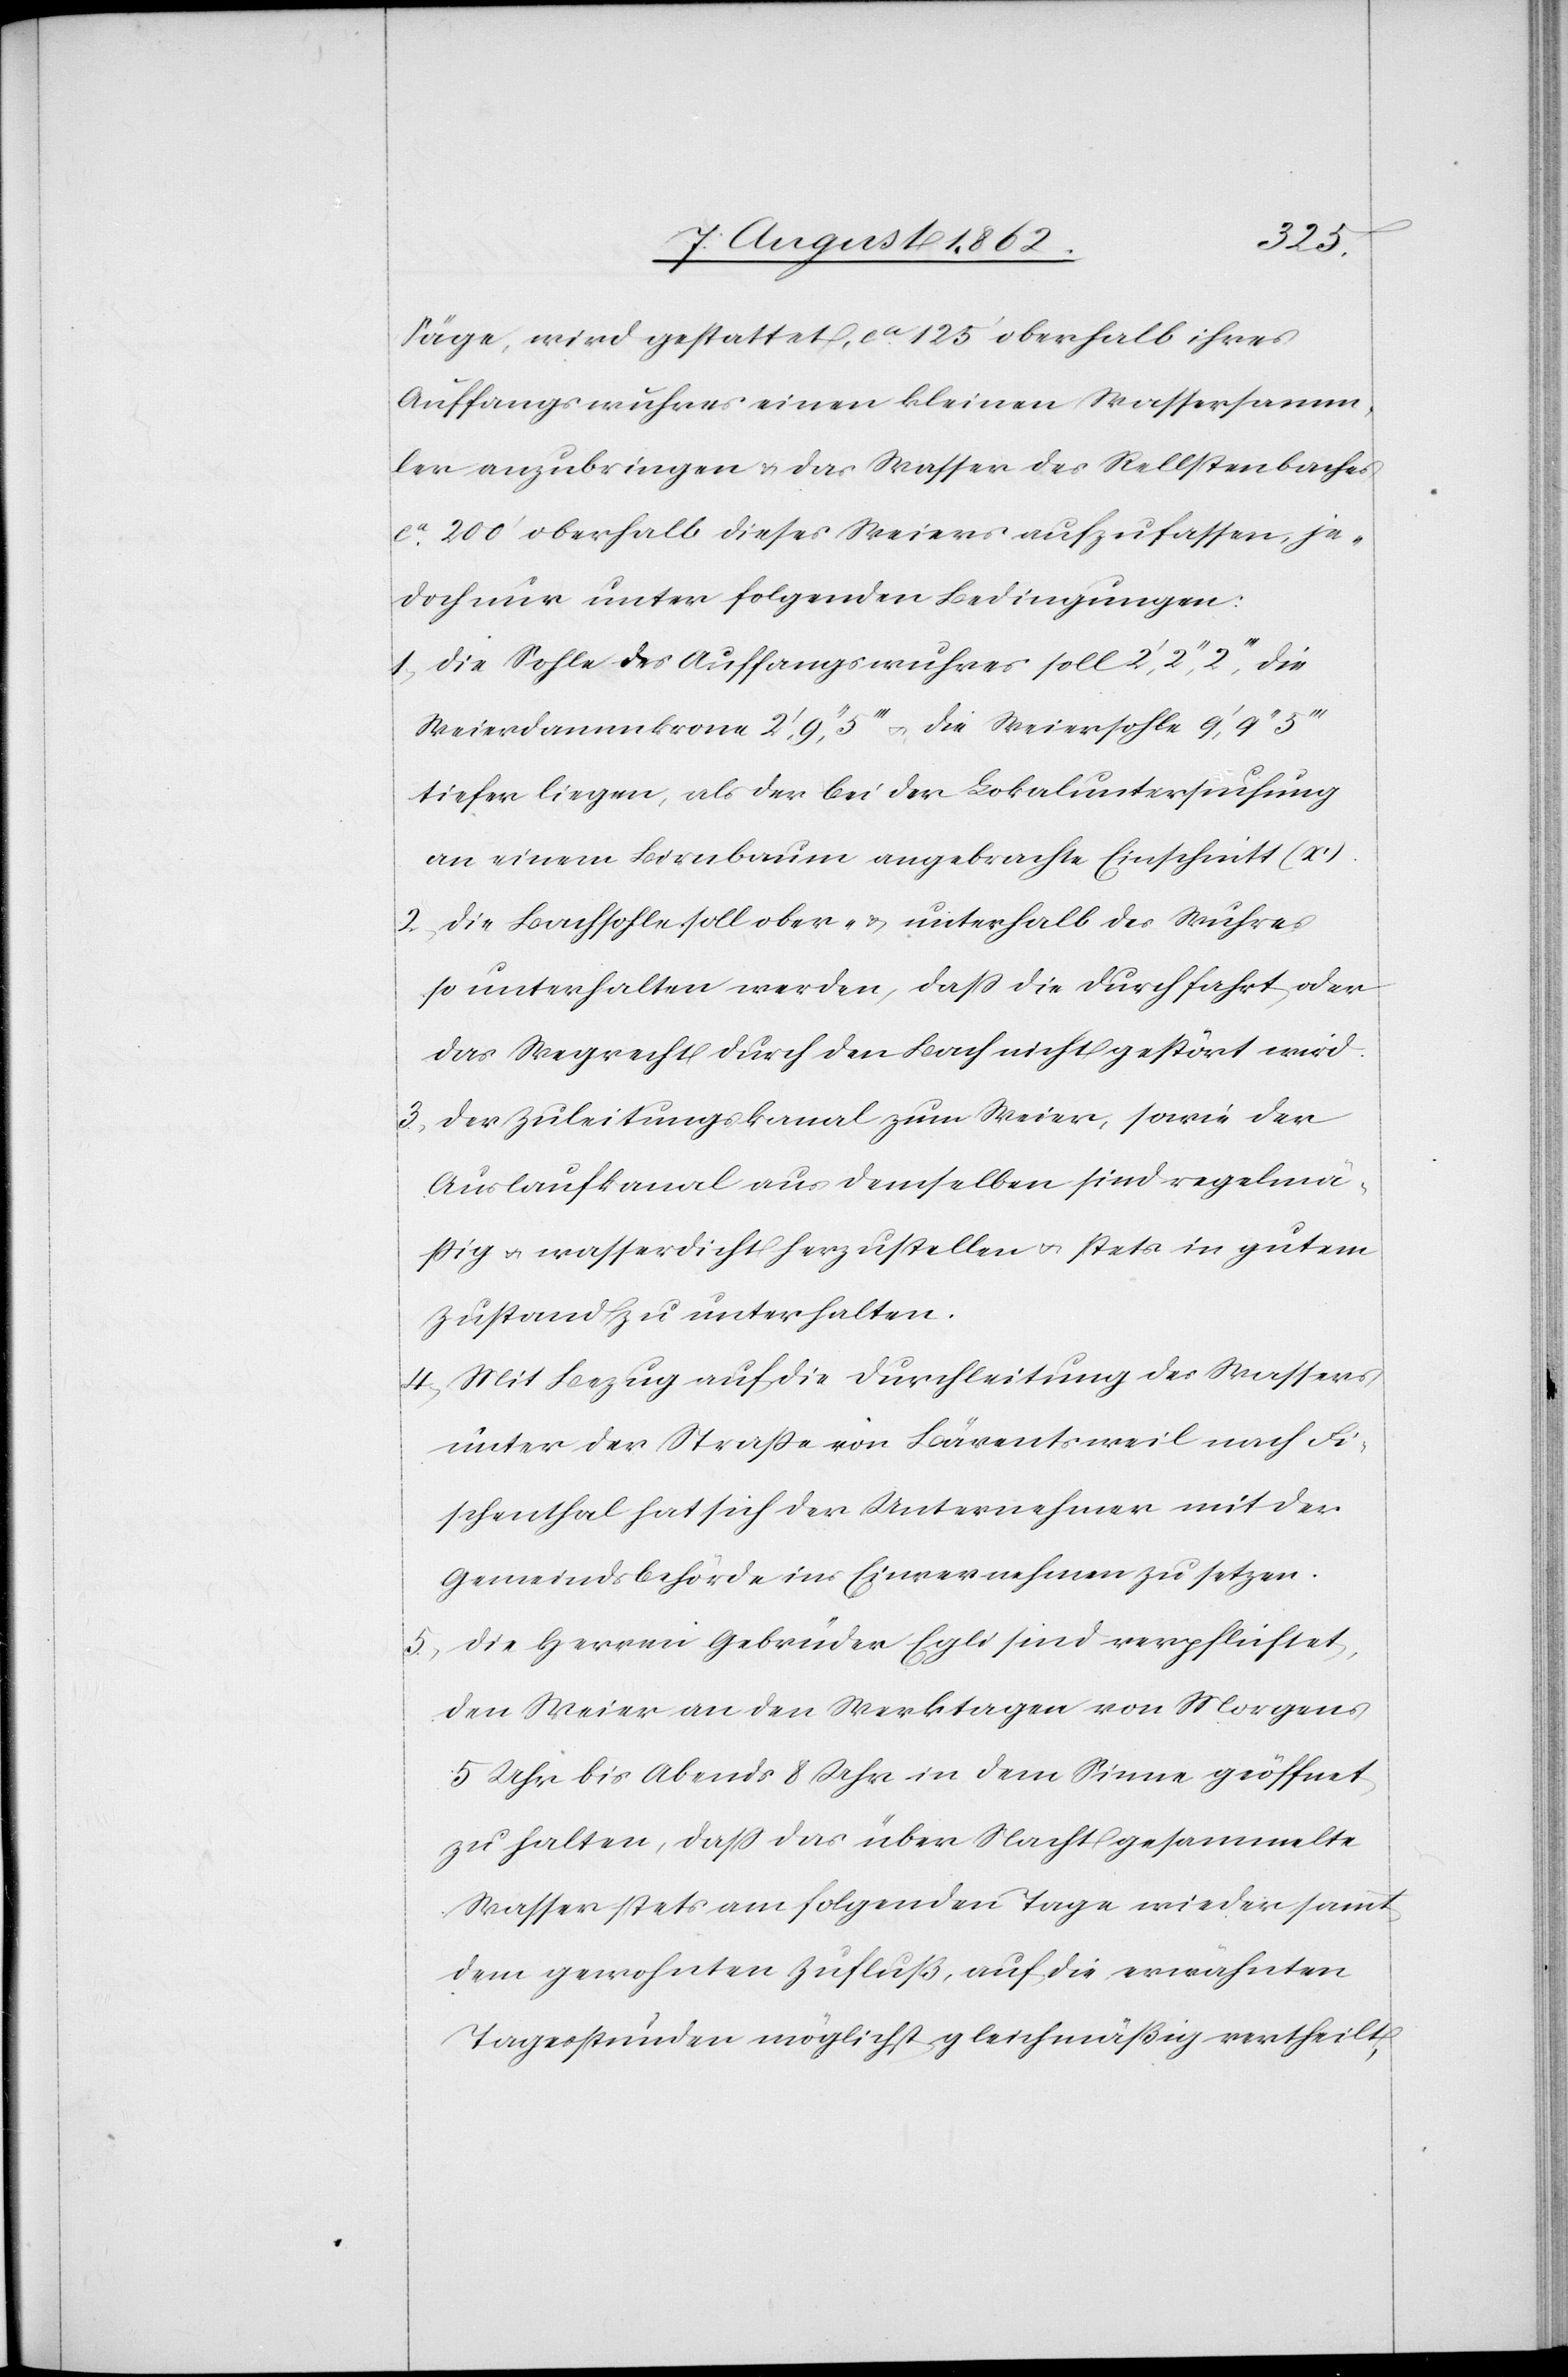
Säge, wird gestattet, ca 125’ oberhalb ihres
Auffangswuhres einen kleinen Wassersamm¬
ler anzubringen u. das Wasser des Rellstenbaches
ca 200’ oberhalb dieses Weiers aufzufassen, je¬
doch nur unter folgenden Bedingungen:
1. Die Sohle des Auffangswuhres soll 2’,2’’,2’’’, die
Weierdammkrone 2’,9’’,5’’’ u. die Weiersohle 9’,9’’,5’’’
tiefer liegen, als der bei der Lokaluntersuchung
an einem Birnbaum angebrachte Einschnitt (x).
2. Die Bachsohle soll ober- u. unterhalb des Wuhres
so unterhalten werden, daß die Durchfahrt, oder
das Wegrecht durch den Bach nicht gestört wird.
3. Der Zuleitungskanal zum Weier, sowie der
Auslaufkanal aus demselben sind regelmä¬
ßig u. Wasserdicht herzustellen u. stets in gutem
Zustand zu unterhalten.
4. Mit Bezug auf die Durchleitung des Wassers
unter der Straße von Bärentsweil nach Fi¬
schenthal hat sich der Unternehmer mit der
Gemeindsbehörde ins Einvernehmen zu setzen.
5. Die Herren Gebrüder Egli sind verpflichtet,
den Weier an den Werktagen von Morgens
5 Uhr bis Abends 8 Uhr in dem Sinne geöffnet
zu halten, daß das über Nacht gesammelte
Wasser stets am folgenden Tage wieder sammt
dem gewohnten Zufluß, auf die erwähnten
Tagesstunden möglichst gleichmäßig vertheilt